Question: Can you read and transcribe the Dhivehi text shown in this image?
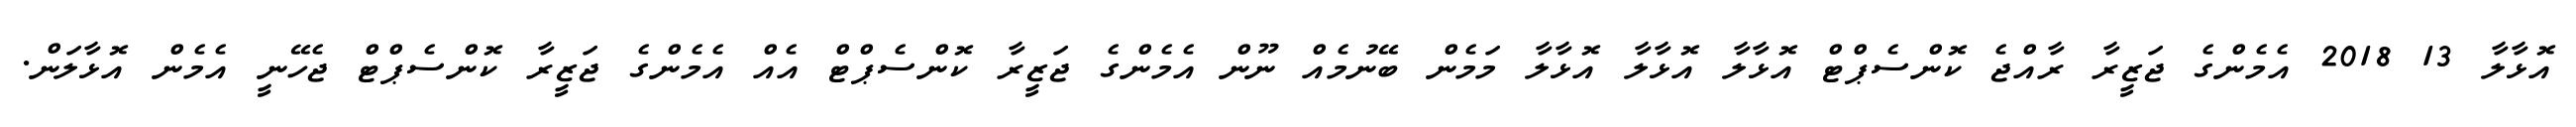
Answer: އޮޅާލާ 13 2018 އެމެންގެ ޖަޒީރާ ރާއްޖެ ކޮންސެޕްޓް އޮޅާލާ އޮޅާލާ އޮޅާލާ މަމެން ބޭނުމެއް ނޫން އެމެންގެ ޖަޒީރާ ކޮންސެޕްޓް އެއް އެމެންގެ ޖަޒީރާ ކޮންސެޕްޓް ޖެހޭނީ އެމެން އޮޅާލަން.